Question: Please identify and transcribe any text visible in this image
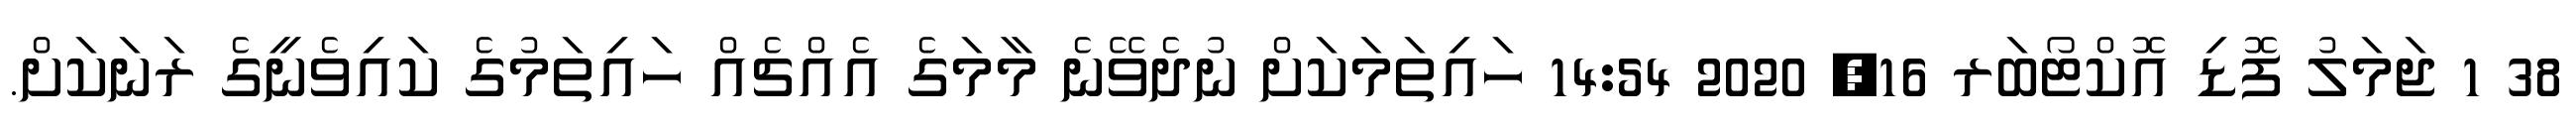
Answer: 38 1 ޖަމަލު ފޮޑި އޮކްޓޯބަރ 16, 2020 14:54 ހައިތަމަކަށް ނުދެވޭނެ މާމަގެ އެއްޗެއް ހައިތަމުގެ ކައިވެނީގެ ރަނަކަށް.